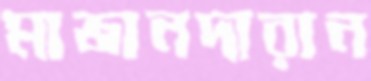
মাজানদারান